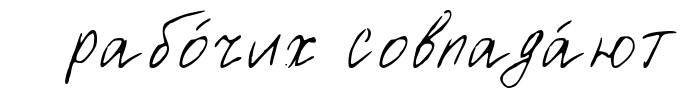
рабо́чих совпада́ют